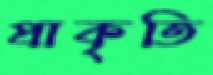
প্রাকৃতি